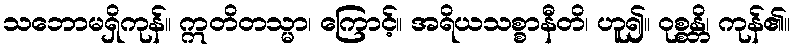
သဘောမရှိကုန်။ ဣတိတသ္မာ၊ ကြောင့်။ အရိယသစ္စာနီတိ၊ ဟူ၍။ ဝုစ္စန္တိ၊ ကုန်၏။